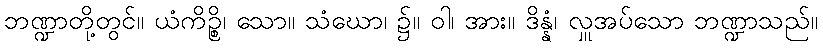
ဘဏ္ဍာတို့တွင်။ ယံကိဉ္စိ၊ သော။ သံဃော၊ ၌။ ဝါ၊ အား။ ဒိန္နံ၊ လှူအပ်သော ဘဏ္ဍာသည်။